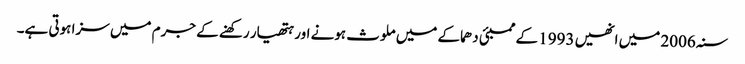
سنہ 2006 میں انھیں 1993 کے ممبئی دھماکے میں ملوث ہونے اور ہتھیار رکھنے کے جرم میں سزا ہوتی ہے۔